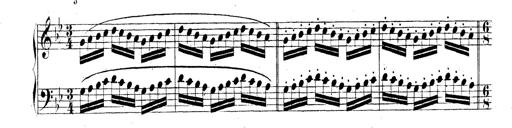
Title: Technische Studien
Composer: Franz Liszt